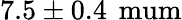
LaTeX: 7.5\pm 0.4\, \mathrm{{\ mum}}